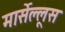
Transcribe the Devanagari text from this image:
मार्सेल्लूस